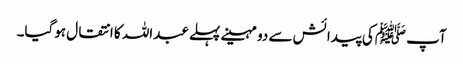
آپ ﷺکی پیدائش سے دو مہینے پہلے عبداللہ کا انتقال ہوگیا۔